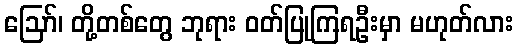
ဩော်၊ တို့တစ်တွေ ဘုရား ဝတ်ပြုကြရဦးမှာ မဟုတ်လား